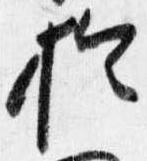
於